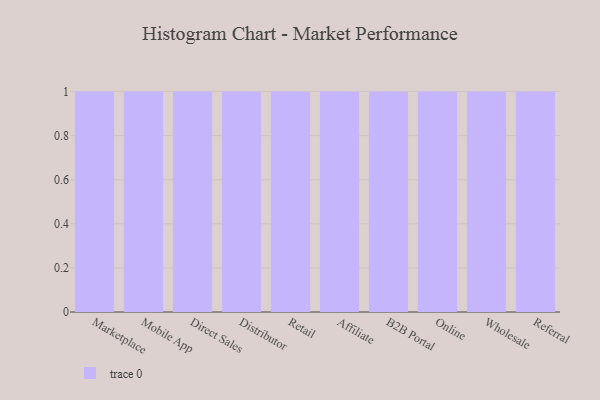
{"axis": {"x": "Channel", "y": "Page Views"}, "legend": [""], "data": [{"x": "Marketplace", "y": 51, "type": ""}, {"x": "Mobile App", "y": 13, "type": ""}, {"x": "Direct Sales", "y": 37, "type": ""}, {"x": "Distributor", "y": 95, "type": ""}, {"x": "Retail", "y": 67, "type": ""}, {"x": "Affiliate", "y": 33, "type": ""}, {"x": "B2B Portal", "y": 58, "type": ""}, {"x": "Online", "y": 38, "type": ""}, {"x": "Wholesale", "y": 48, "type": ""}, {"x": "Referral", "y": 90, "type": ""}]}